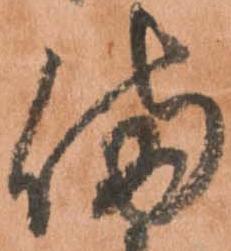
備